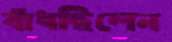
বাঁধছিলেন